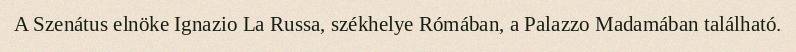
A Szenátus elnöke Ignazio La Russa, székhelye Rómában, a Palazzo Madamában található.